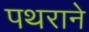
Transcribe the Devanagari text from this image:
पथराने